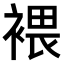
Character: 𧛚